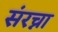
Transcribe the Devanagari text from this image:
संरच्ना